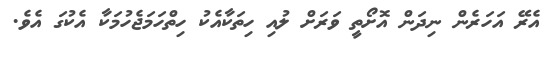
އެރޭ އަހަރެން ނިދަން އޮށޯތީ ވަރަށް ލުއި ހިތަކާއެކު ހިތްހަމަޖެހުމަކާ އެކުގަ އެވެ.